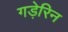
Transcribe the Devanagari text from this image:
गड़ेरिन